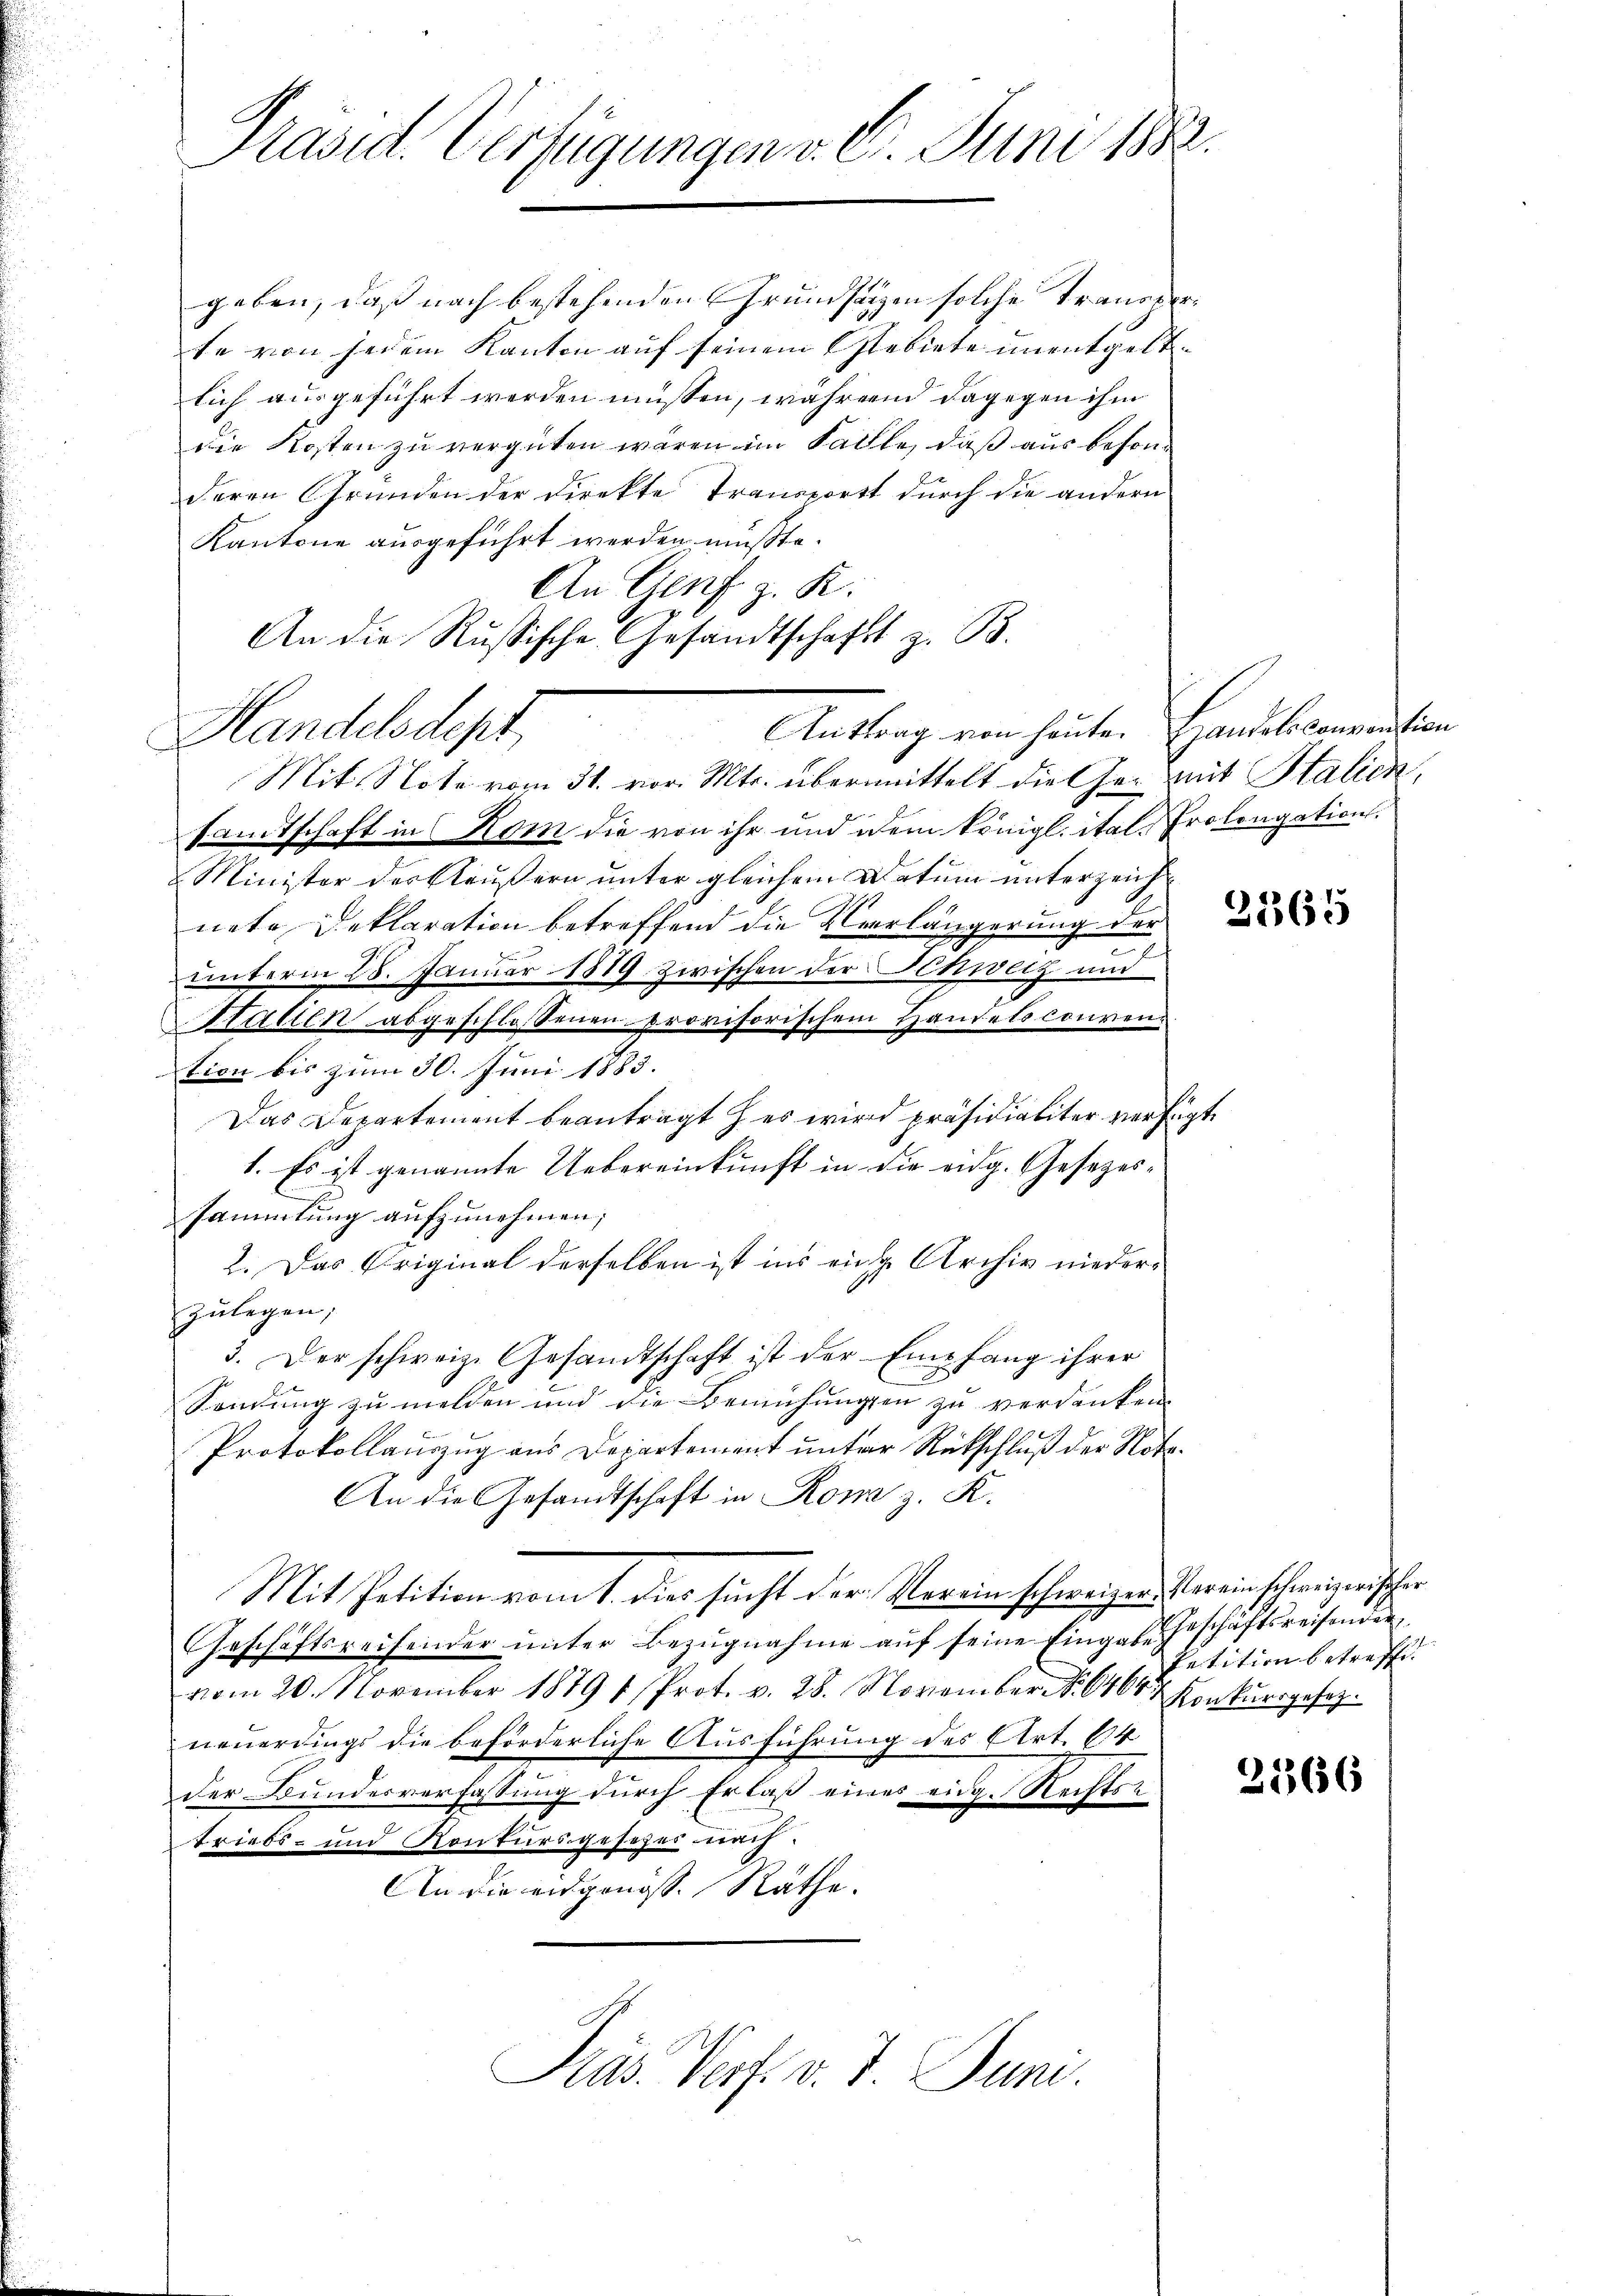
Präsid. Verfügungen v. 6. Juni 1882.

geben, daß nach bestehenden Grundsätzen solche Tranderte von jedem Kanton auf seinem Gebiete unentgeltlich ausgeführt werden müssen, wahren dagegen ihm
die Kosten zu vergüten waren im Falle, daß aus besond
deren Gründen der Direkte Transportt durch die andern
Kantone ausgeführt werden müßte.
An Genf z. K.
An die Russische Gesandtschaft z. B.
Anttrag von heuten Handelsconvention
Handelsdept,
Mit Note vom 31. vor. Mts. übermittelt die Ge- mit Stalien,
sandtschaft in Kom die von ihr und dem königl. ital. Prolongation.
 Minister der Kläußern unter gleichem Datum unterzeichnete Deklaration betreffend die Verlängerung der
.
unterm 28. Januar 1889 zwischen der Schweiz und
Hallen abgeschlossenen provisorischem Handels convention bis zum 30. Juni 1883.
Das Departement beantragt her wird präsidialiter verfügt
1. Es ist genannte Uebereinkunft in die eidg. Gesezessammlung aufzunehmen;
2. Das Original derselben ist ins einge Archiv niederzulegen;
3. Der schweiz. Gesandtschaft ist der Empfang ihrer
u
Sendung zu melden und die Bemühungen zu verdanken.
Protokollauszug aus Departement unter Rückschluß der Nota¬
An die Gesandtschaft in Rom z. K.
Mit Petition vom 1. dies sucht der Verein schweizen Vereinschweizerischen
Geschäftsreisender unter Bezugnahme auf seine Eingabe Geschäftsreisenden
vom 20. November 18791. Prot. v. 28. November No. 6400. Konkursgesezneuerdings die beförderliche Ausführung des Art. 614
der Bundesverfassung durch Erlaß eines eige Rechts¬
Triebs- und Kontursgesetzer nach
An die eidgenoss. Räthe.

Präs. Verf. v. J. Juni.

2365

Petition betreffe.

2366